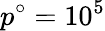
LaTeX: p^{\circ}=10^{5}